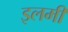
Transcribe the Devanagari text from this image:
इलमी